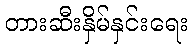
တားဆီးနှိမ်နှင်းရေး